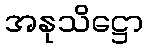
အနုသိဋ္ဌော